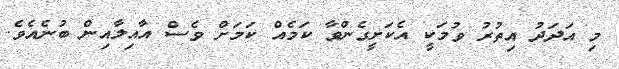
މި އަދަދު އިތުރު ވުމަކީ އެކަށީގެންވާ ކަމެއް ކަމަށް ވެސް އާއިލާއިން ބުނެއެވެ.